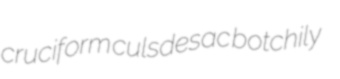
cruciform culsdesac botchily